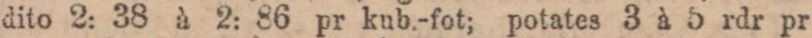
dito 2: 38 à 2: 86 pr kub.-fot; potates 3 à 5 rdr pr